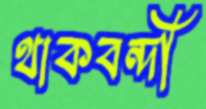
থাকবন্দী